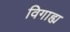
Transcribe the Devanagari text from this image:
विगाह्य